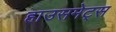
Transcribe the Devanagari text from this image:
हाउसमेट्स